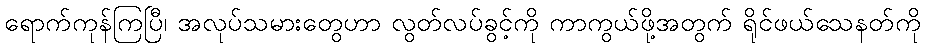
ရောက်ကုန်ကြပြီ၊ အလုပ်သမားတွေဟာ လွတ်လပ်ခွင့်ကို ကာကွယ်ဖို့အတွက် ရိုင်ဖယ်သေနတ်ကို